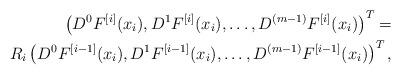
LaTeX: \begin{align*}\left(D^0 F^{[i]}(x_i),D^1 F^{[i]}(x_i),\dots,D^{(m-1)} F^{[i]}(x_i)\right)^T=\\R_i \left(D^0 F^{[i-1]}(x_i),D^1 F^{[i-1]}(x_i),\dots,D^{(m-1)} F^{[i-1]}(x_i)\right)^T,\end{align*}